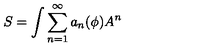
S = \int \sum _ { n = 1 } ^ { \infty } a _ { n } ( \phi ) A ^ { n }